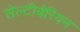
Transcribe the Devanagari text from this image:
सेल्टीबेरियन